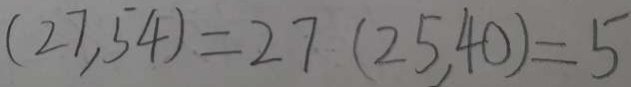
( 2 7 , 5 4 ) = 2 7 ( 2 5 . 4 0 ) = 5